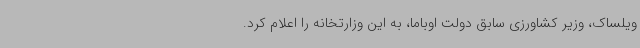
ویلساک، وزیر کشاورزی سابق دولت اوباما، به این وزارتخانه را اعلام کرد.